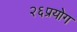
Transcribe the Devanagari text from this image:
२६प्रयोग